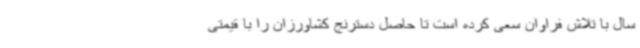
سال با تلاش فراوان سعی کرده است تا حاصل دسترنج کشاورزان را با قیمتی